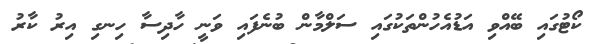
ކޯޓުގައި ބޭއްވި އަޑުއެހުންތަކުގައި ސަލްމާން ބުނެފައި ވަނީ ހާދިސާ ހިނގި އިރު ކާރު